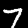
Digit: 7